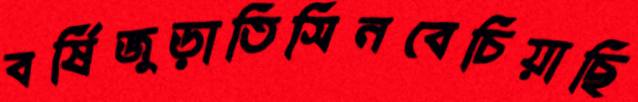
বর্ষিজুড়াতিসিনবেচিয়াছি